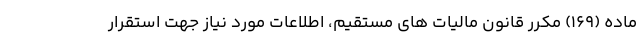
ماده (۱۶۹) مکرر قانون مالیات های مستقیم، اطلاعات مورد نیاز جهت استقرار